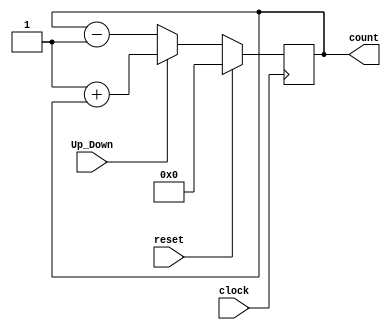
module Sync_counter(clock ,reset, Up_Down,count); 
input clock,reset,Up_Down; 
output [3:0] count; 
reg [3:0] count = 0 ; 

always @( posedge clock)
begin 
if(reset == 1)
count <= 0;
else 
if(Up_Down ==1 ) // Up_counter 
count <= 1'b1 + count ; 
else 
count <= count - 1'b1; 
end 
endmodule